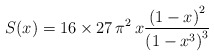
\begin{align*}S(x)=16 \times 27\,\pi^2\,x\frac{\left(1-x\right)^{2}}{\left(1-x^3\right)^3} \end{align*}